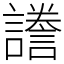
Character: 𧬸